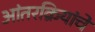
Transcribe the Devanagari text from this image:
आंतरक्रियांचे